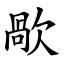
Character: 歄